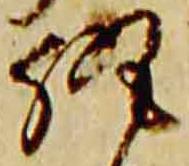
執